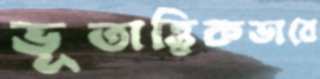
ভূতাত্ত্বিকভাবে